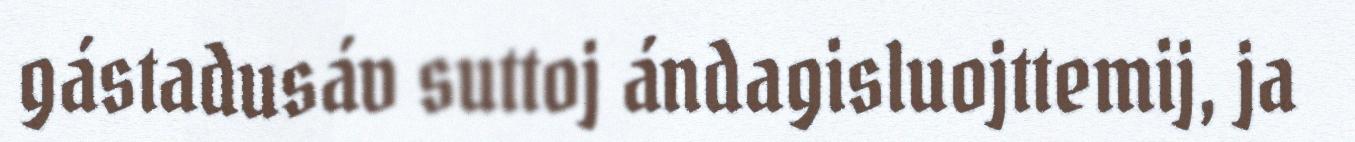
gástadusáv suttoj ándagisluojttemij, ja